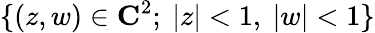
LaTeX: \{ (z,w)\in\mathbf{C}^{2};~|z|<1,~|w|<1\}